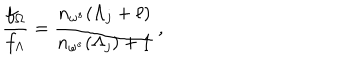
\frac { f _ { \Omega } } { f _ { \Lambda } } = \frac { n _ { \omega ^ { s } } ( \Lambda _ { j } + \ell ) } { n _ { \omega ^ { s } } ( \Lambda _ { j } ) + 1 } \, ,